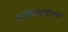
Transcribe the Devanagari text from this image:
अर्थसंकल्पांच्या